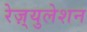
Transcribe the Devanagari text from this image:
रेज़्युलेशन